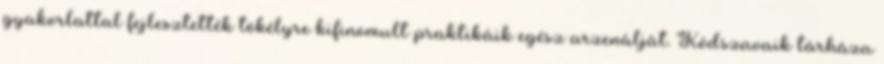
gyakorlattal fejlesztették tökélyre kifinomult praktikáik egész arzenálját. Kódszavaik tárháza